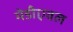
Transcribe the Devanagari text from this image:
मेडीएवल